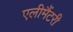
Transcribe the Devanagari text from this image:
एलीमैंटरी